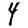
Digit: 4